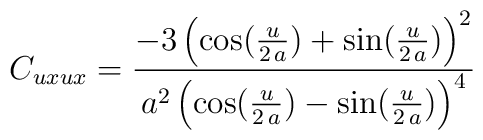
C_{uxux} = {{-3\,{{\left( \cos ({u\over {2\,a}}) +           \sin ({u\over {2\,a}}) \right) }^2}}\over    {{a^2}\,{{\left( \cos ({u\over {2\,a}}) -           \sin ({u\over {2\,a}}) \right) }^4}}}